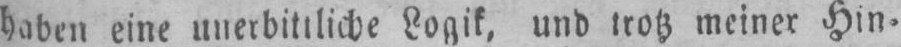
haben eine unerbittliche Logik, und trotz meiner Hin⸗